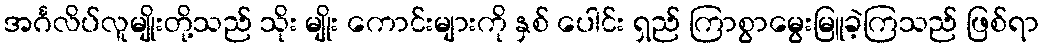
အင်္ဂလိပ်လူမျိုးတို့သည် သိုး မျိုး ကောင်းများကို နှစ် ပေါင်း ရှည် ကြာစွာမွေးမြူခဲ့ကြသည် ဖြစ်ရာ